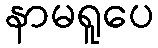
နာမရူပေ